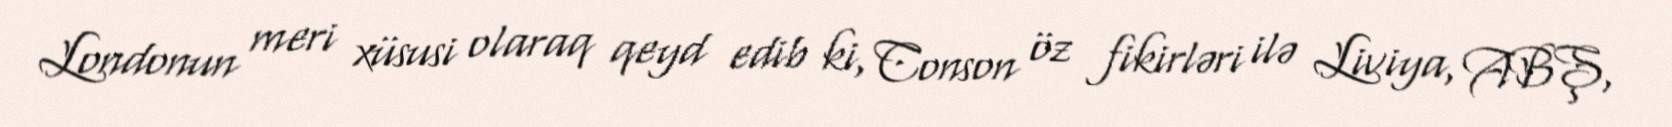
Londonun meri xüsusi olaraq qeyd edib ki, Conson öz fikirləri ilə Liviya, ABŞ,